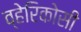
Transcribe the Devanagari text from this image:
व्हेरिकोसी